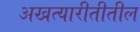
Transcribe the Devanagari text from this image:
अखत्यारीतीतील